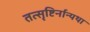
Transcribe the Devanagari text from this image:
तत्सृष्टिर्नान्यथा